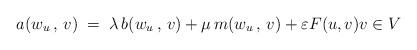
\begin{align*}a(w_u\, , \, v) \; = \; \lambda\, b(w_u\, , \, v) + \mu\, m(w_u\, , \, v) + \varepsilon F(u, v) v\in V\end{align*}